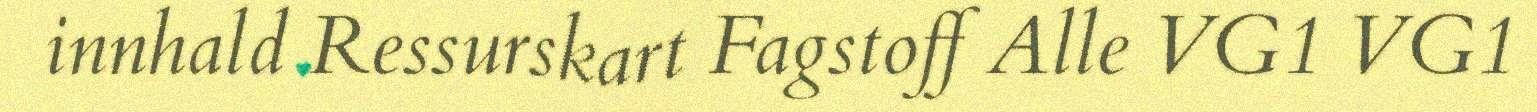
innhald Ressurskart Fagstoff Alle VG1 VG1